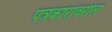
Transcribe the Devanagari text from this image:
पत्रकारांवरील